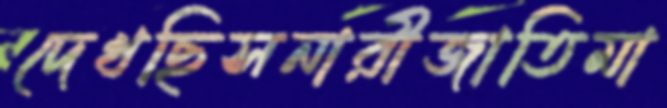
দেখছিসনারীজাতিমা